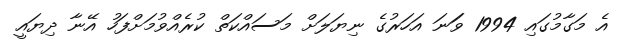
އެ މަގާމުގައި 1994 ވަަނަ އަހަރުގެ ނިޔަލަށް މަސައްކަތް ކުރެއްވުމަށްފަހު އޭނާ ދިޔައީ